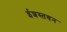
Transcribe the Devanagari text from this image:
ईशस्तवन